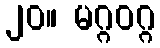
၂၀။ မဂ္ဂဝဂ္ဂ